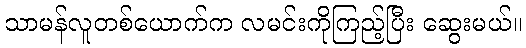
သာမန်လူတစ်ယောက်က လမင်းကိုကြည့်ပြီး ဆွေးမယ်။